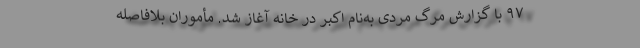
۹۷ با گزارش مرگ مردی به‌نام اکبر در خانه آغاز شد. مأموران بلافاصله